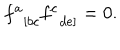
f _ { \; \; \left[ b c \right. } ^ { a } f _ { \; \; \left. d e \right] } ^ { c } = 0 .